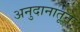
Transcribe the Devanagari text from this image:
अनुदानातून